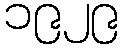
၁၉၂၉